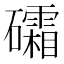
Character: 礵